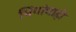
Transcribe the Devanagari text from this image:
भिंगांचाही